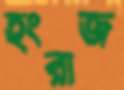
হংরাজ